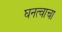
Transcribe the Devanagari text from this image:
घनत्वाचा